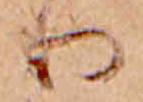
り